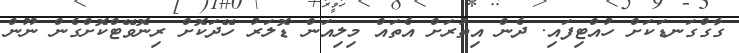
ގާގްގަނޑަކަށް ހުއްޓިފައި. ދެން އިތުރަށް އެތައް މިލިއަން ޑޮލަރު ހޭދަކޮށް ރިނޮވޭޓްކޮށްގެން ނޫން